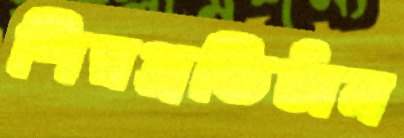
শিল্পপ্রতিষ্ঠান